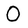
Character: O